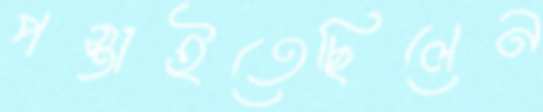
পস্তাইতেছিলেন